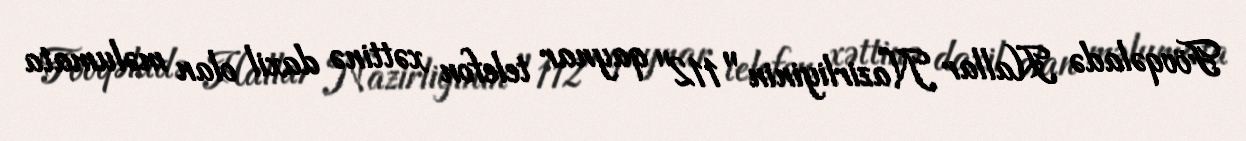
Fövqəladə Hallar Nazirliyinin "112" qaynar telefon xəttinə daxil olan məlumata